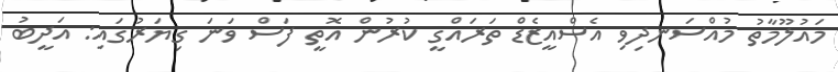
މައުލޫމާތު މުއްސަނދިވި އެސްއީޒެޑް ތަރައްގީ ކުރުން އޮތީ ފަސް ވަނަ ގިޔަރުގައި: އަދީބު